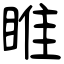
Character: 睢